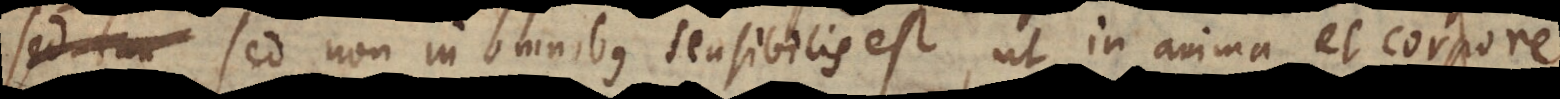
sed non in omnibus sensibilis est, ut in anima et corpore.